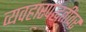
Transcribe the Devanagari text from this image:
व्यवहारपद्धतींवर